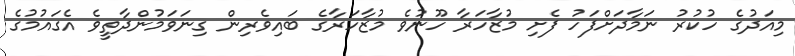
މިއަދުގެ ހުކުރު ނަމާދަށްފަހު ފެށި މުޒާހަރާ ހޫނުވެ މުޒާހަރާގެ ބައިވެރިން ގިނަވަމުންދާތީވެ އެގައުމުގެ